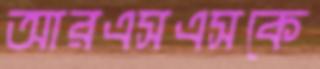
আরএসএসকে